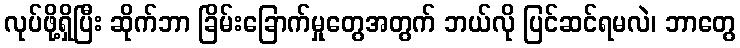
လုပ်ဖို့ရှိပြီး ဆိုက်ဘာ ခြိမ်းခြောက်မှုတွေအတွက် ဘယ်လို ပြင်ဆင်ရမလဲ၊ ဘာတွေ